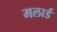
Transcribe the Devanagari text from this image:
मलार्ड